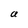
Character: a